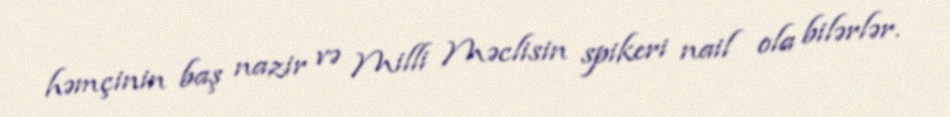
həmçinin baş nazir və Milli Məclisin spikeri nail ola bilərlər.